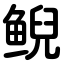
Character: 鲵